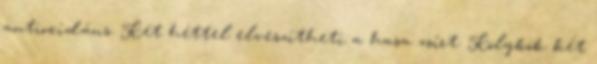
antioxidáns. Két héttel elveszítheti a hasa zsírt. Kölykök két